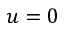
u = 0